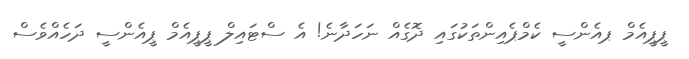
ޕީޕީއެމް ޕއެންސީ ކެމްޕެއިންތަކުގައި ދޮގެއް ނަހަދާނެ! އެ ސްޓައިލް ޕީޕީއެމް ޕީއެންސީ ދަހެއްވެސް